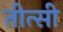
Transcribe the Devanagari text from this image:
तीत्सी